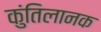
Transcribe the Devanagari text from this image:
कुंतिलानक